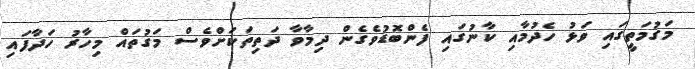
މަގުމަތީގައި ވަޅު ހެދުމާއި ކާނުގައި ފެންބޮޑުވެގެން ދިމާވާ ދަތިތަކަށްވެސް މަގުތައް މިހާރު ހަދާފައި